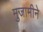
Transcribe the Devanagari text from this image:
मुजामीने